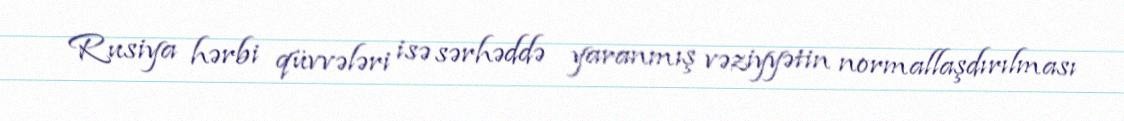
Rusiya hərbi qüvvələri isə sərhəddə yaranmış vəziyyətin normallaşdırılması